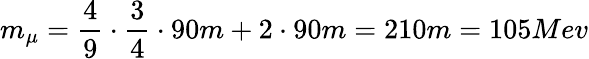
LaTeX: m_{\mu}=\frac 49\cdot\frac 34\cdot 90m+2\cdot 90m=210m=105Mev